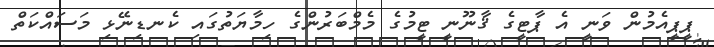
ޕީޕީއެމުން ވަނީ އެ ޕާޓީގެ ޤާނޫނީ ޓީމުގެ މެމްބަރުންގެ ހިމާޔަތުގައި ކެނޑިނޭޅި މަސައްކަތް